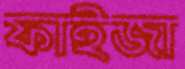
ফাইজা